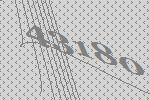
43180